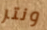
ونتر